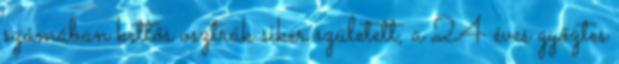
számában kettős osztrák siker született, a 24 éves győztes